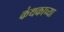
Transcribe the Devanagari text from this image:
कंथकाच्या